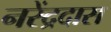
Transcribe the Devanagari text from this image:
नरेंद्रदास